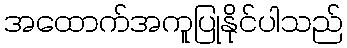
အထောက်အကူပြုနိုင်ပါသည်